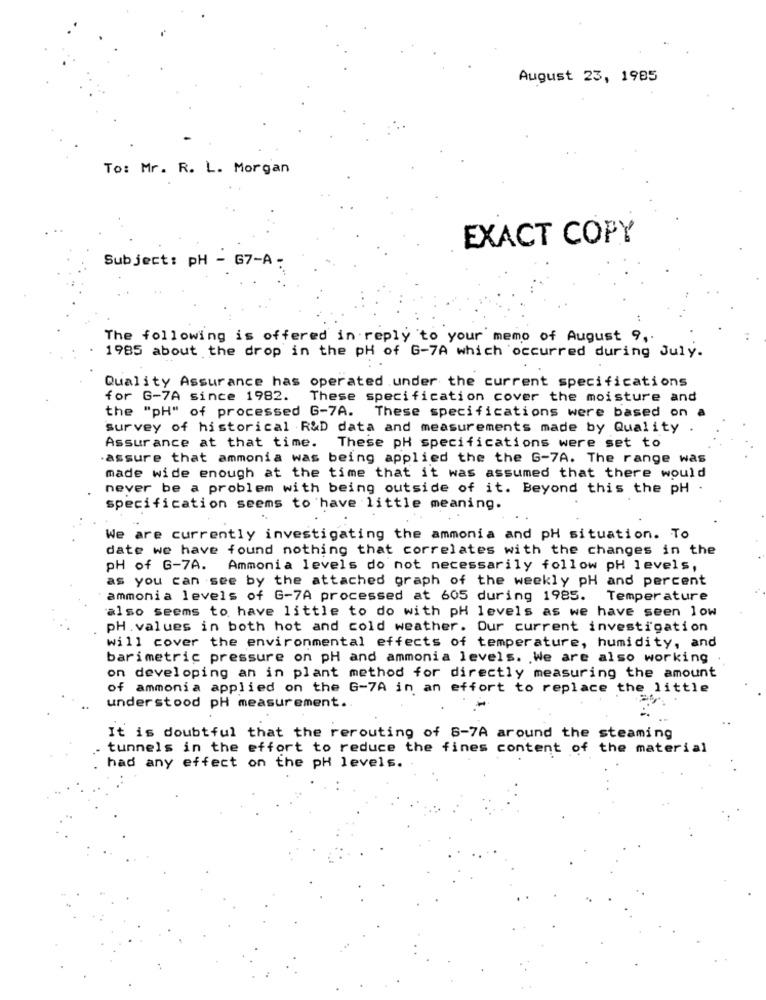
August 23, 1985
To: Mr. R. L. Morgan
EXACT COPY
Subject: pH - G7-A:
The following is offered in reply to your memo of August 9 ,.
1985 about the drop in the pH of G-7A which occurred during July.
Quality Assurance has operated under the current specifications
for G-7A since 1982. These specification cover the moisture and
the "pH" of processed G-7A.
These specifications were based on a
survey of historical R&D data and measurements made by Quality .
Assurance at that time.
These pH specifications were set to
.assure that ammonia was being applied the the G-7A. The range was
made wide enough at the time that it was assumed that there would
never be a problem with being outside of it. Beyond this the pH
specification seems to have little meaning.
We are currently investigating the ammonia and pH situation. To
date we have found nothing that correlates with the changes in the
PH of G-7A. Ammonia levels do not necessarily follow pH levels,
as you can see by the attached graph of the weekly pH and percent
ammonia levels of G-7A processed at 605 during 1985. Temperature
also seems to have little to do with pH levels as we have seen low
PH.values in both hot and cold weather. Our current investigation
will cover the environmental effects of temperature, humidity, and
barimetric pressure on pH and ammonia levels. We are also working
on developing an in plant method for directly measuring the amount
of ammonia applied on the G-7A in an effort to replace the little
understood pH measurement ..
It is doubtful that the rerouting of 8-7A around the steaming
tunnels in the effort to reduce the fines content of the material
had any effect on the pH levels.